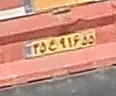
۳۵ع۹۱۶۵۵